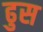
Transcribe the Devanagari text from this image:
ढुस